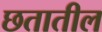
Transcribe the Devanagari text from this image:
छतातील